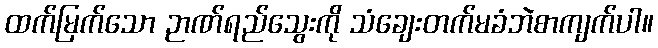
ထက်မြက်သော ဉာဏ်ရည်သွေးကို သံချေးတက်မခံဘဲစာကျက်ပါ။